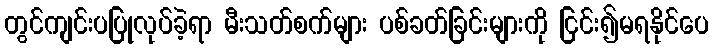
တွင်ကျင်းပပြုလုပ်ခဲ့ရာ မီးသတ်စက်များ ပစ်ခတ်ခြင်းများကို ငြင်း၍မရနိုင်ပေ